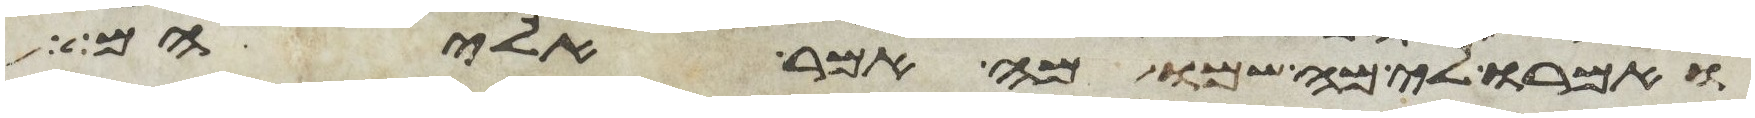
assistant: ואמרו לי מה שמו מה אמר אליהם